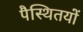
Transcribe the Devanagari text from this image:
पैस्थितयों